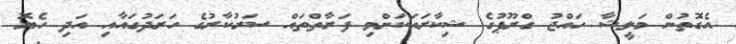
އެގޮތުން މަލީޝާ ހައްޖު ގްރޫޕުގެ ޝިކާރައަކަށްވި ފަރާތްތައް ސަރުކާރުގެ ހަރަދުގައާއި އަދި ހެޔޮ